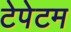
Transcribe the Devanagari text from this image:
टेपेटम